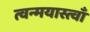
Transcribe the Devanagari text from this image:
त्वन्मयास्त्वाँ